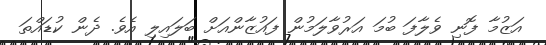
އަޒުމާ ފޮނި ވެލާފަ ބުމަ އަރުވާލަމުން ފައުޒާންއަށް ބަލައިލި އެވެ. ދެން ކުޑައްތަ